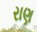
રાણ